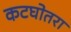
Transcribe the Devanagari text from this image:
कटघोतरा